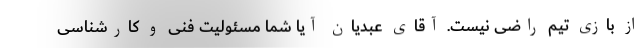
از بازی تیم راضی نیست. آقای عبدیان آیا شما مسئولیت فنی و کارشناسی